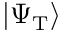
| \Psi _ { \mathrm { T } } \rangle